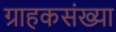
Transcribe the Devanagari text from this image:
ग्राहकसंख्या